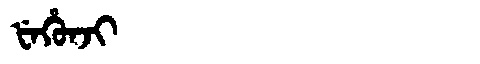
Manchu: ᡶᡝᡥᡠᠨᠵᡳ
Romanization: FEHUNJI